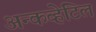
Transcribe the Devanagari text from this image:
अन्कव्हेटिल